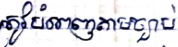
ត្រូវបំពេញតាមច្បាប់